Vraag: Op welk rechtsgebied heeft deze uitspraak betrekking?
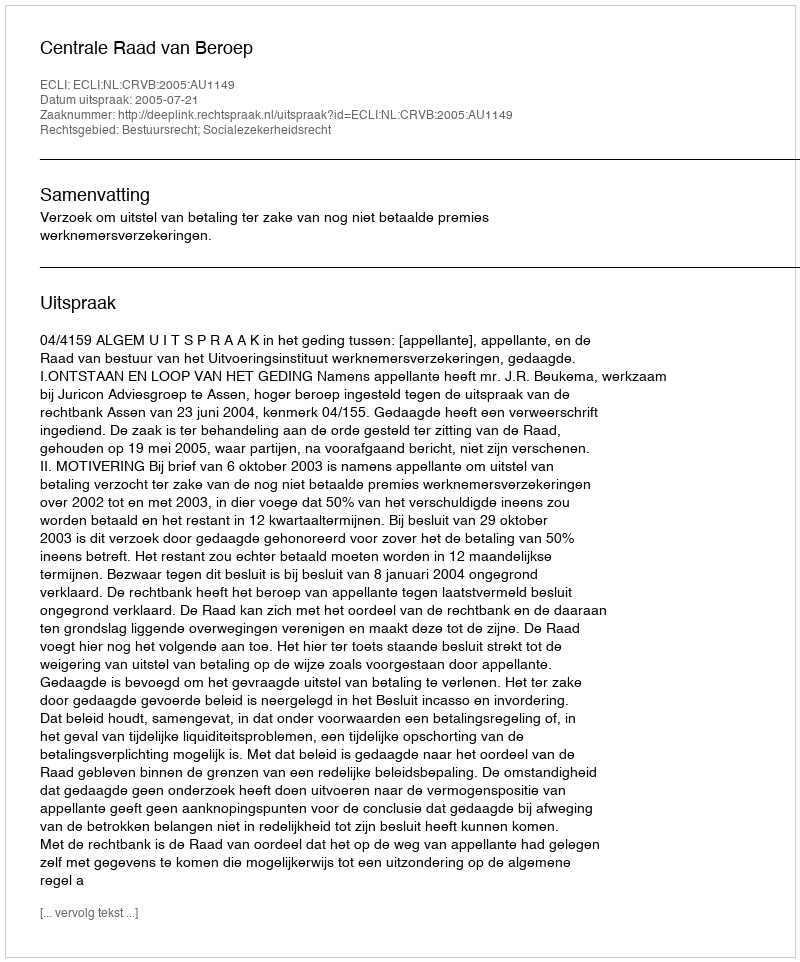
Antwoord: Bestuursrecht; Socialezekerheidsrecht